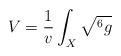
\begin{align*}V=\frac{1}{v}\int_X\sqrt{^6g}\end{align*}